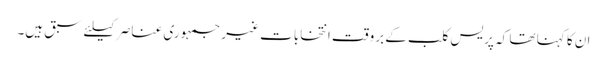
ان کا کہنا تھا کہ پریس کلب کے بروقت انتخابات غیر جمہوری عناصر کیلئے سبق ہیں۔